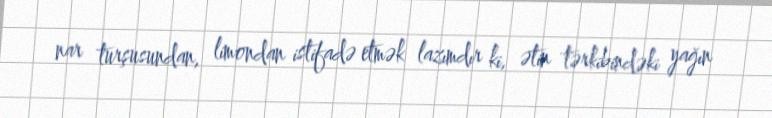
nar turşusundan, limondan istifadə etmək lazımdır ki, ətin tərkibindəki yağın